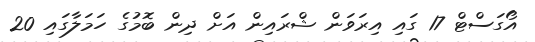
އޯގަސްޓް 17 ގައި އިރަވަން ޝްރައިން އަށް ދިން ބޮމުގެ ހަމަލާގައި 20